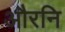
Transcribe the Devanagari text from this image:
औरनि